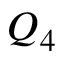
Q _ { 4 }